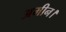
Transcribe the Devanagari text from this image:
अमीन।